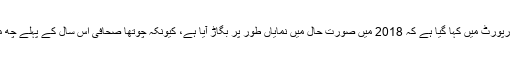
میڈیا کے نگران ادارے کی رپورٹ میں کہا گیا ہے کہ 2018 میں صورت حال میں نمایاں طور پر بگاڑ آیا ہے، کیونکہ چوتھا صحافی اس سال کے پہلے چھ مہینوں کے دوران ہلاک ہوا۔